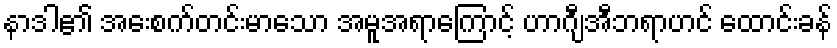
နာဒါ၏ အေးစက်တင်းမာသော အမူအရာကြောင့် ဟာဂျီအီဘရာဟင် ထောင်းခန်